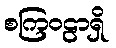
စကြဝဠာရှိ